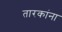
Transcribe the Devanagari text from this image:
तारकांना